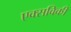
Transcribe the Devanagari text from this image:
एक्सविकी